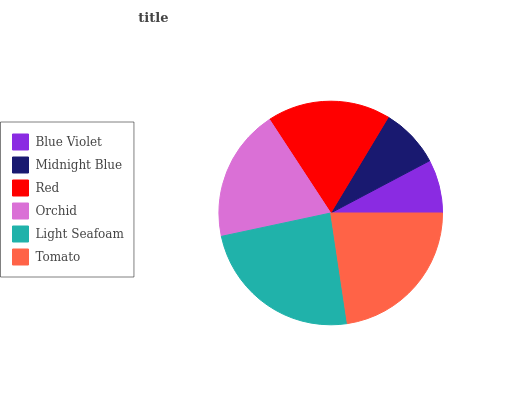
| Blue Violet | Midnight Blue | Red | Orchid | Light Seafoam | Tomato |
 | --- | --- | --- | --- | --- | --- |
 | 7.74% | 8.66% | 17.8% | 19.1% | 24% | 22.6% |